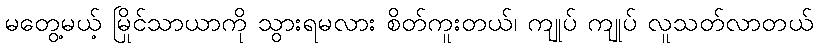
မတွေ့မယ့် မြိုင်သာယာကို သွားရမလား စိတ်ကူးတယ်၊ ကျုပ် ကျုပ် လူသတ်လာတယ်